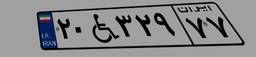
۷۷W۶۶۵۸۲